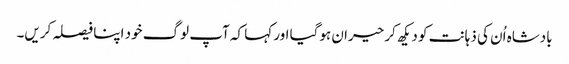
بادشاہ اُن کی ذہانت کو دیکھ کر حیران ہوگیا اور کہا کہ آپ لوگ خود اپنا فیصلہ کریں۔